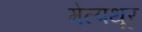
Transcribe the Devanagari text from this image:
मेल्पथूर